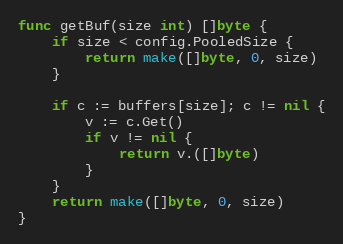
Language: Go
func getBuf(size int) []byte {
	if size < config.PooledSize {
		return make([]byte, 0, size)
	}

	if c := buffers[size]; c != nil {
		v := c.Get()
		if v != nil {
			return v.([]byte)
		}
	}
	return make([]byte, 0, size)
}